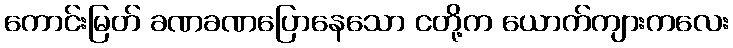
ကောင်းမြတ် ခဏခဏပြောနေသော ငတို့က ယောက်ကျားကလေး